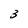
Character: 3